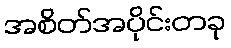
အစိတ်အပိုင်းတခု